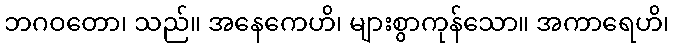
ဘဂဝတော၊ သည်။ အနေကေဟိ၊ များစွာကုန်သော။ အကာရေဟိ၊